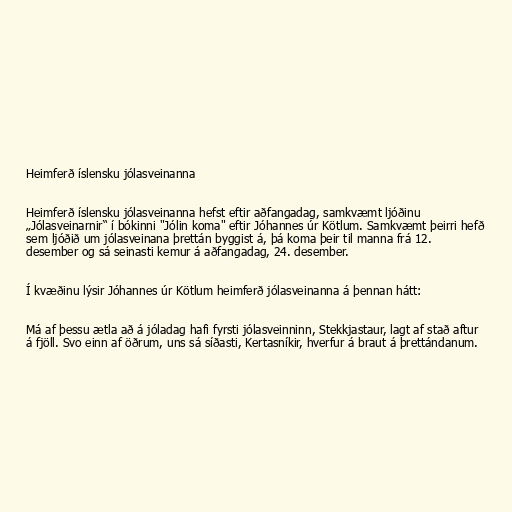
Heimferð íslensku jólasveinanna

Heimferð íslensku jólasveinanna hefst eftir aðfangadag, samkvæmt ljóðinu
„Jólasveinarnir“ í bókinni "Jólin koma" eftir Jóhannes úr Kötlum. Samkvæmt þeirri hefð
sem ljóðið um jólasveinana þrettán byggist á, þá koma þeir til manna frá 12.
desember og sá seinasti kemur á aðfangadag, 24. desember.

Í kvæðinu lýsir Jóhannes úr Kötlum heimferð jólasveinanna á þennan hátt:

Má af þessu ætla að á jóladag hafi fyrsti jólasveinninn, Stekkjastaur, lagt af stað aftur
á fjöll. Svo einn af öðrum, uns sá síðasti, Kertasníkir, hverfur á braut á þrettándanum.